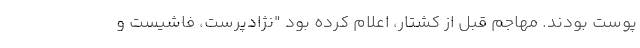
پوست بودند. مهاجم قبل از کشتار، اعلام کرده بود "نژادپرست، فاشیست و